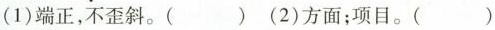
(1)端正，不歪斜。()(2)方面；项目。()